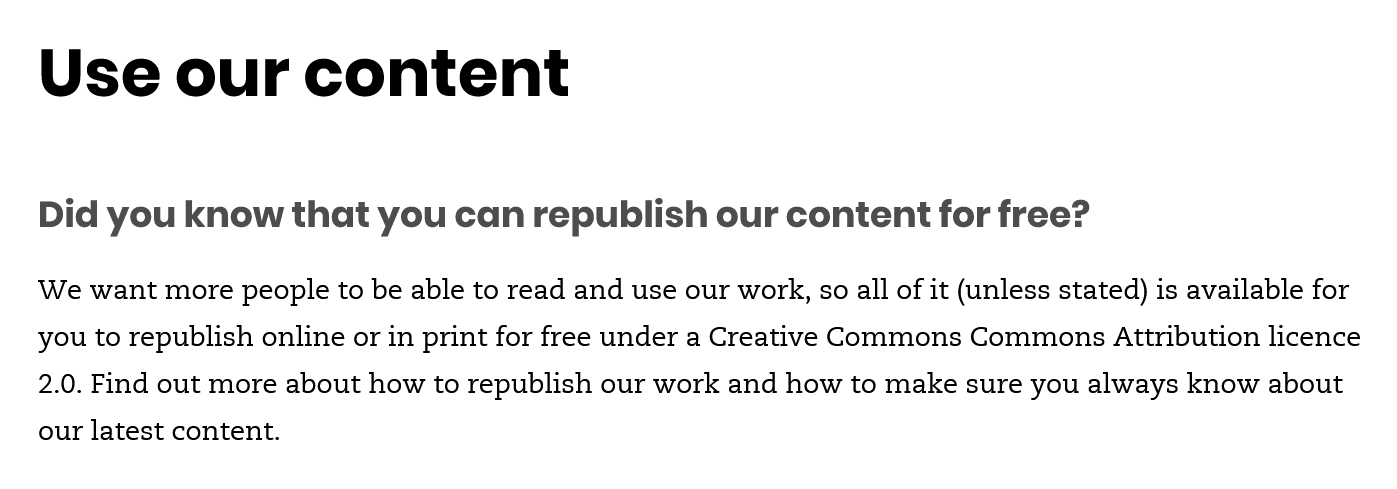
Use    our    content
   Did you  know that   you  can  republish  our content for  free?
   We want more people to be able to read and use our work, so all of it (unless stated) is available for
   you to republish online or in print for free under a Creative Commons Commons Attribution licence
   2.0. Find out more about how to republish our work and how to make sure you always know about
   our latest content.